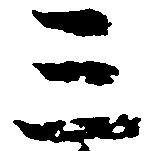
三